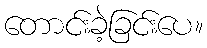
တောင်းခဲ့ခြင်းပေ။